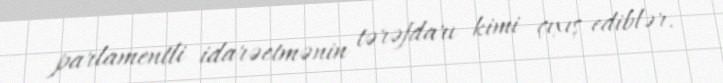
parlamentli idarəetmənin tərəfdarı kimi çıxış ediblər.